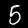
Digit: 5